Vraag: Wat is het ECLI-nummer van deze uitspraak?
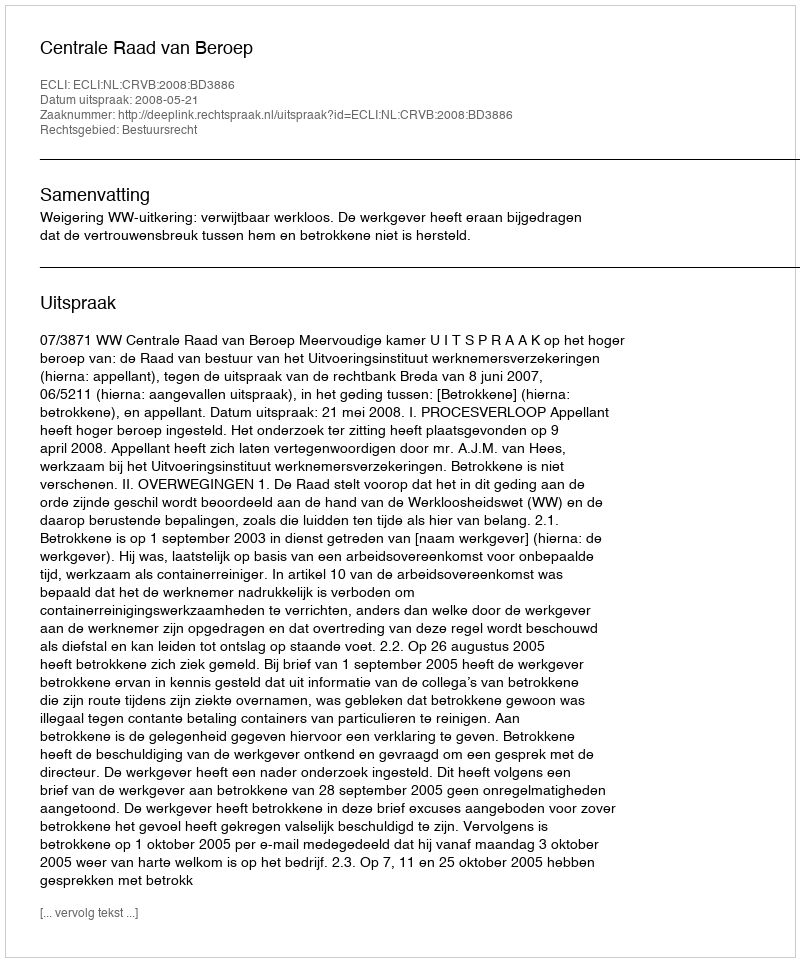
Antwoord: ECLI:NL:CRVB:2008:BD3886